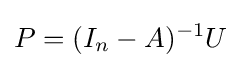
P=(I_{n}-A)^{-1}U